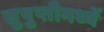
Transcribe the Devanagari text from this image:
सुषुप्तीमध्यें